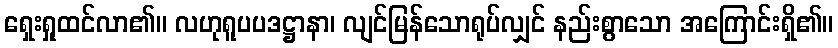
ရှေးရှုထင်လာ၏။ လဟုရူပပဒဋ္ဌာနာ၊ လျင်မြန်သောရုပ်လျှင် နည်းစွာသော အကြောင်းရှိ၏။